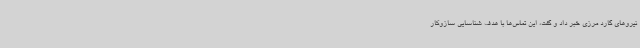
نیروهای گارد مرزی خبر داد و گفت، این تماس‌ها با هدف شناسایی سازوکار